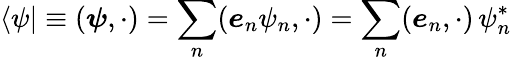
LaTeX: \langle\psi|\equiv({\boldsymbol{\psi}},\cdot)=\sum_{n}({\boldsymbol{e}}_{n}\psi_{n},\cdot)=\sum_{n}({\boldsymbol{e}}_{n},\cdot)\, \psi_{n}^{*}